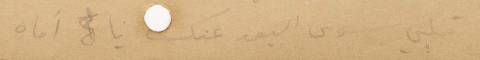
قلبي سوى البعد عنك يا اماه